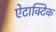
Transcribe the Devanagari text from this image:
ऐटाक्टिक